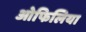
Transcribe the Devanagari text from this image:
ओफिलिया